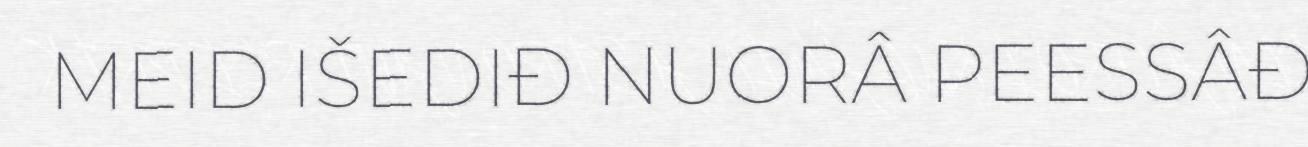
MEID IŠEDIĐ NUORÂ PEESSÂĐ